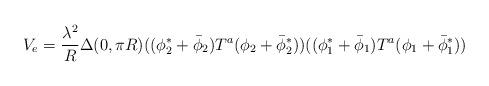
LaTeX: \begin{align*}V_e={\lambda^2\over R}\Delta (0, \pi R) ((\phi_2^*+\bar\phi_2)T^a(\phi_2+\bar\phi_2^*))((\phi_1^*+\bar\phi_1)T^a(\phi_1+\bar\phi_1^*))\end{align*}